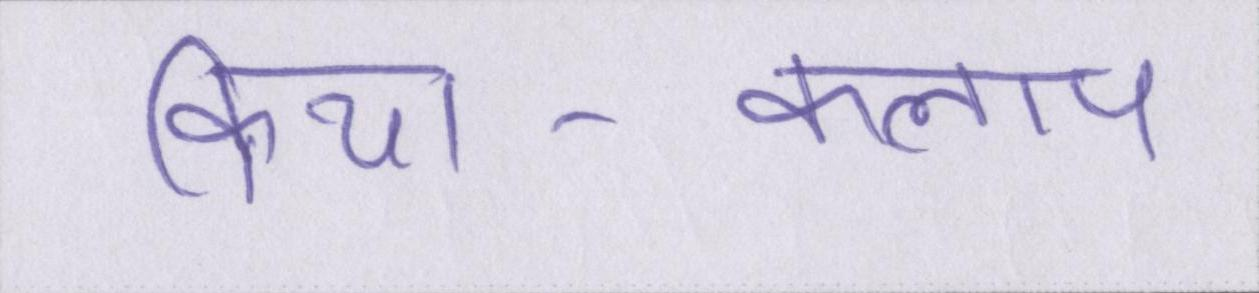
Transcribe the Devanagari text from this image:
क्रिया-कलाप